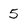
Character: 5